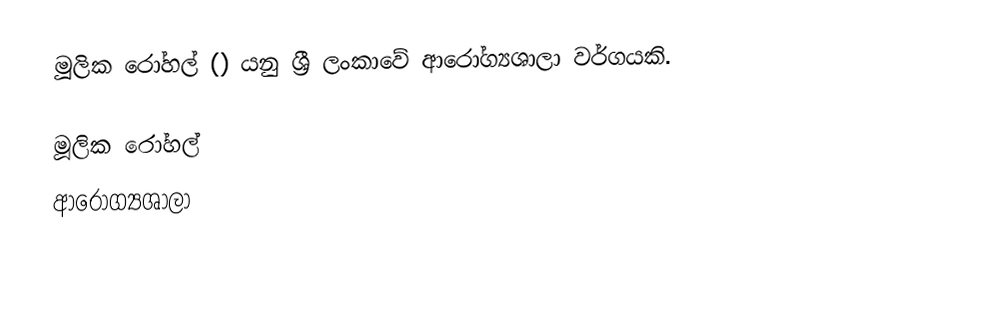
මූලික රෝහල් () යනු  ශ්‍රී ලංකාවේ ආරෝග්‍යශාලා වර්ගයකි.

මූලික රෝහල්
ආරෝග්‍යශාලා